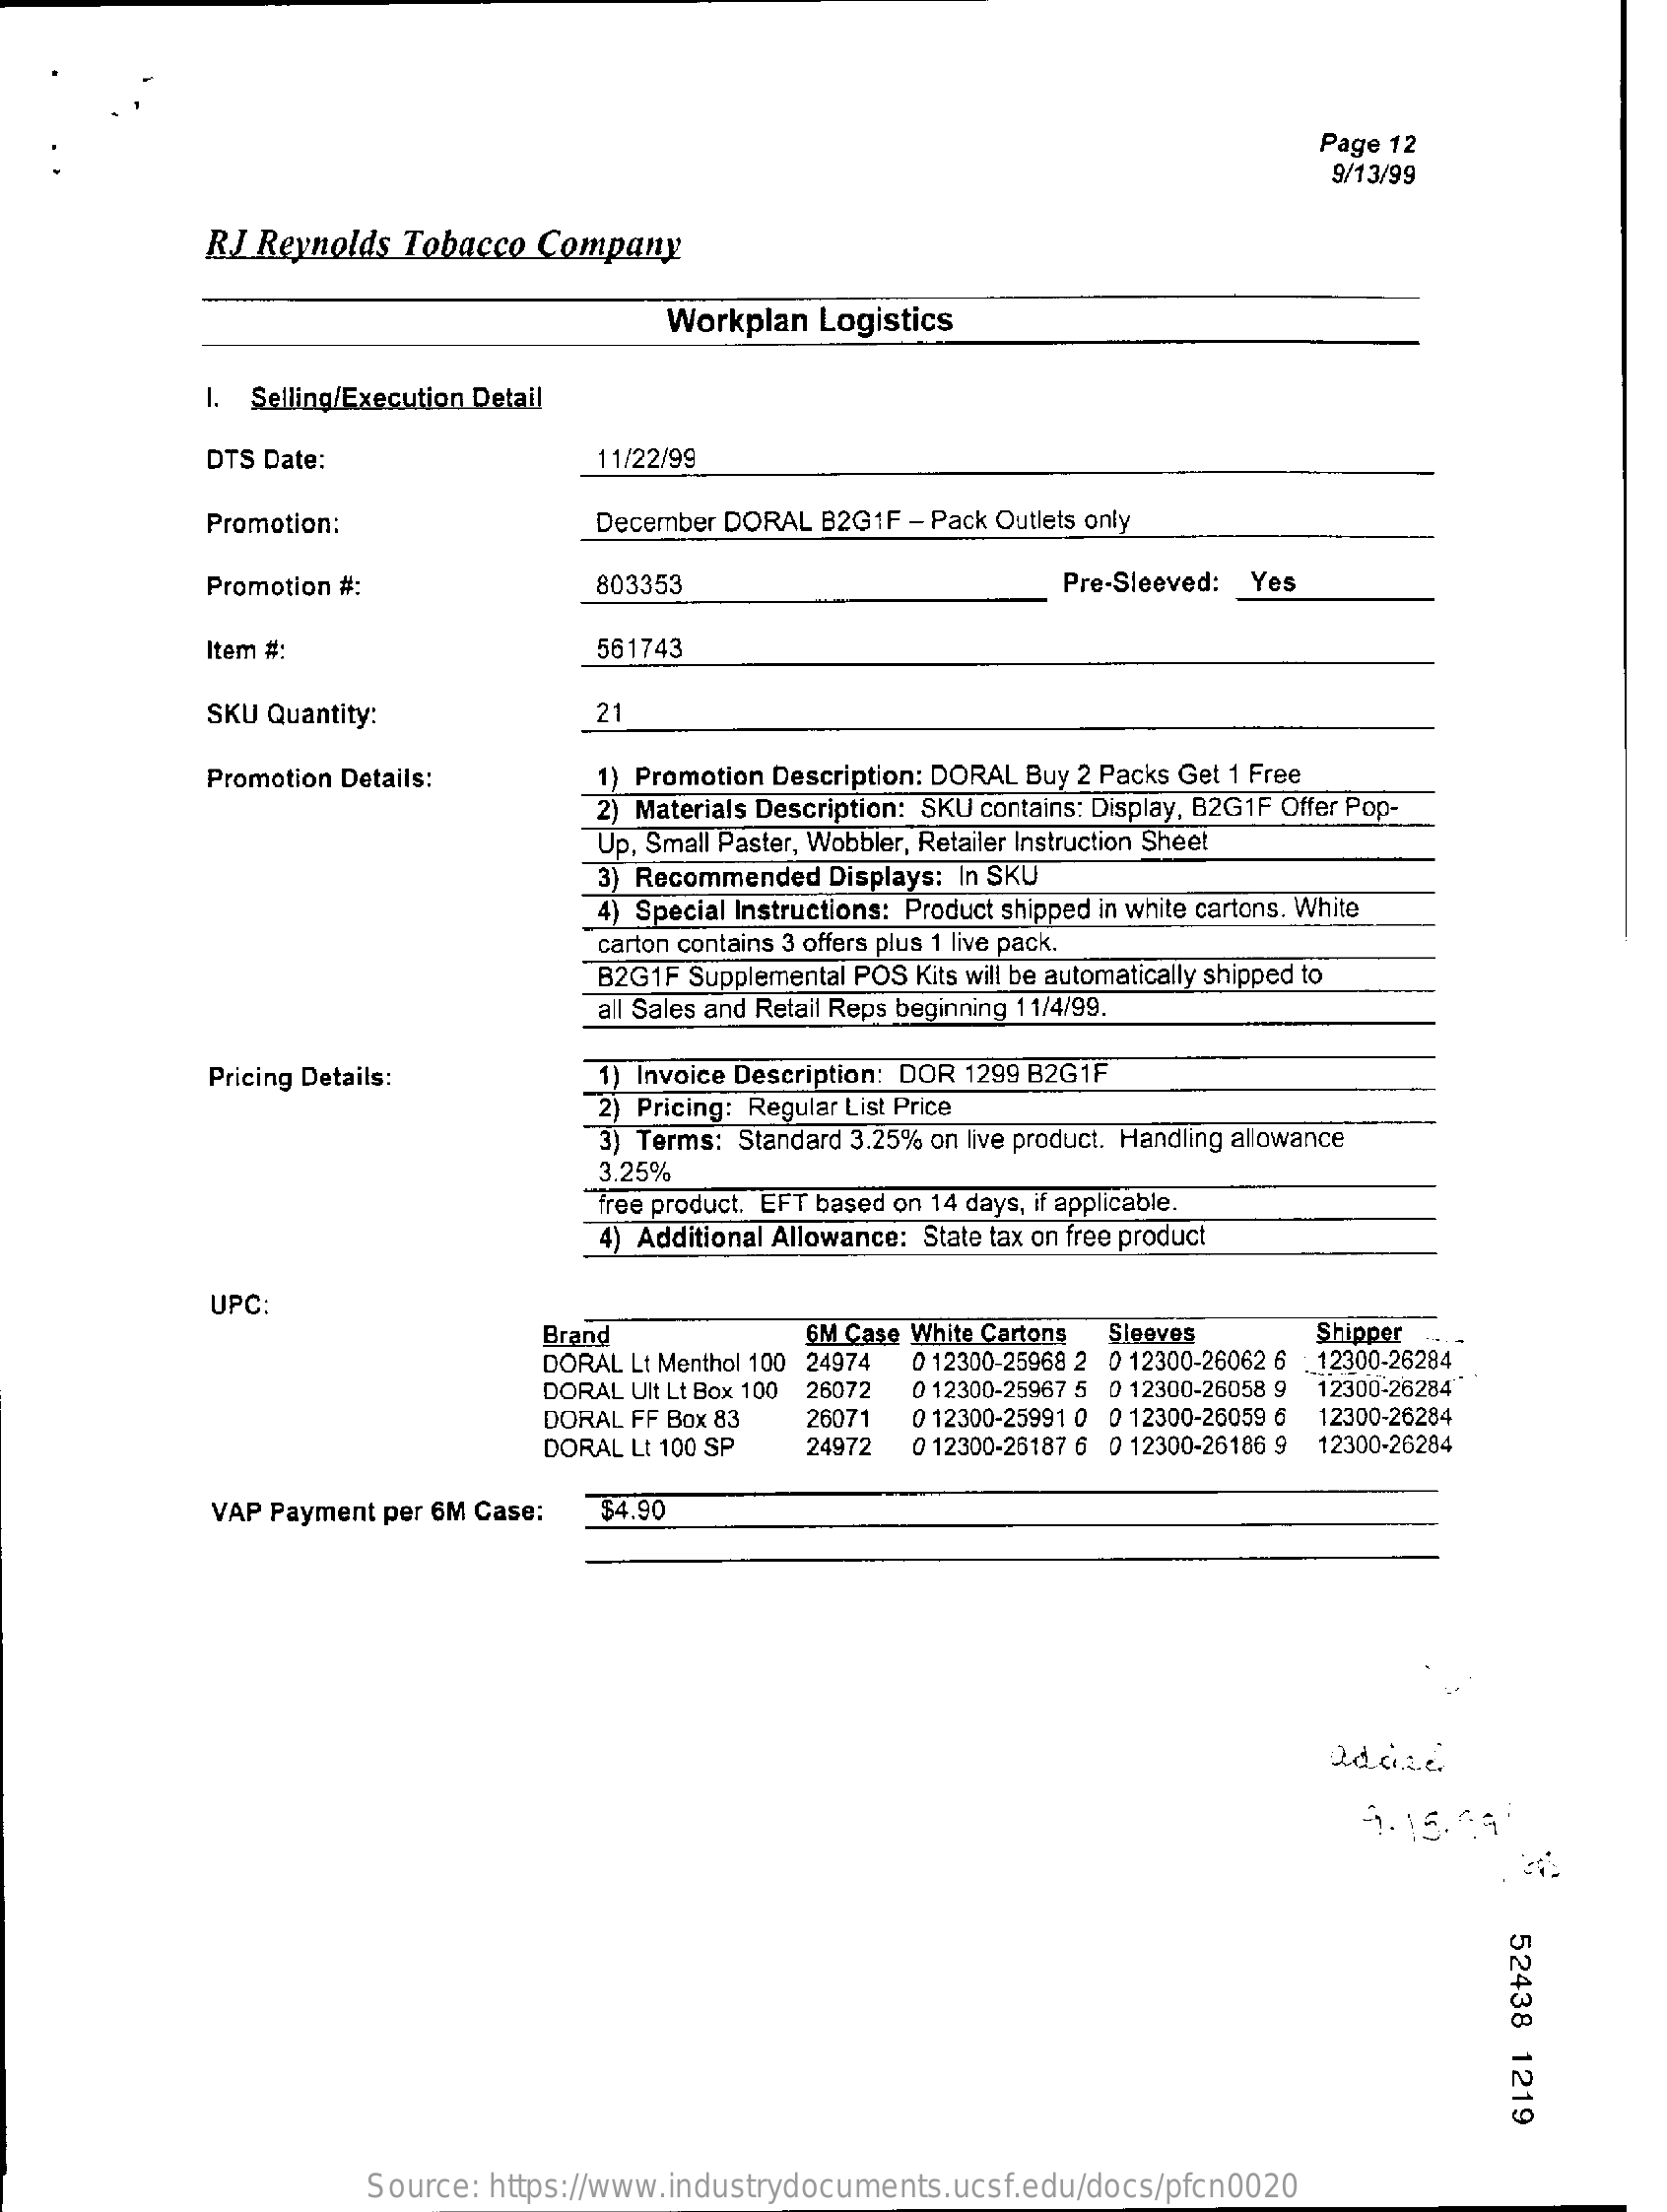
Page 12
     9/13/99
     R.J Reynolds Tobacco Company
     Workplan Logistics
     I. Selling/Execution Detail
     DTS Date:    11/22/99
     Promotion:    December DORAL B2G1F - Pack Outlets only
     Promotion #:    803353    Pre-Sleeved: Yes
     Item #:    561743
     SKU Quantity:    21
     Promotion Details:    1) Promotion Description: DORAL Buy 2 Packs Get 1 Free
     2) Materials Description: SKU contains: Display, B2G1F Offer Pop-
     Up, Small Paster, Wobbler, Retailer Instruction Sheet
     3) Recommended Displays: In SKU
     4) Special Instructions: Product shipped in white cartons. White
     carton contains 3 offers plus 1 live pack.
     B2G1F Supplemental POS Kits will be automatically shipped to
     all Sales and Retail Reps beginning 11/4/99.
     Pricing Details:    1) Invoice Description: DOR 1299 B2G1F
     2) Pricing: Regular List Price
     3) Terms: Standard 3.25% on live product. Handling allowance
     free product. EFT based on 14 days, if applicable.
     3.25%
     4) Additional Allowance: State tax on free product
     UPC
     Brand    6M Case White Cartons Sleeves Shipper
     DORAL Lt Menthol 100 24974 0 12300-25968 2 0 12300-26062 6 12300-26284
     DORAL Ult Lt Box 100 26072 0 12300-25967 5 0 12300-26058 9
     DORAL FF Box 83 26071 0 12300-25991 0 0 12300-26059 6
     12300-26284*
     12300-26284
     DORAL Lt 100 SP 24972 0 12300-26187 6 0 12300-26186 9 12300-26284
     VAP Payment per 6M Case: $4.90
     9.15.49
     52438
     1219
     Source: https://www.industrydocuments.ucsf.edu/docs/pfcn0020